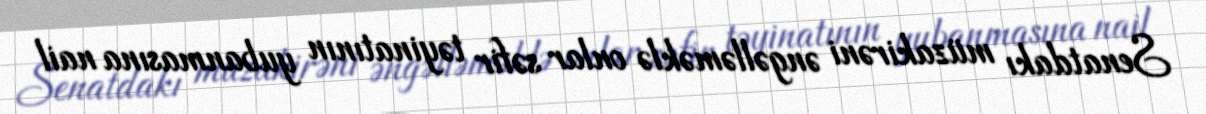
Senatdakı müzakirəni əngəlləməklə onlar səfir təyinatının yubanmasına nail